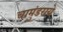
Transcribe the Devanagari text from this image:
चामुंडराये